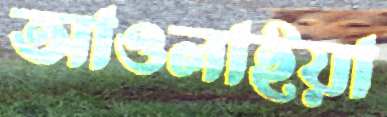
আওলাইয়া